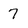
Character: 7